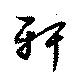
軒